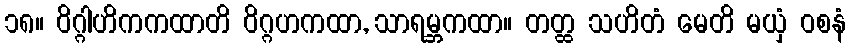
၁၈။ ဝိဂ္ဂါဟိကကထာတိ ဝိဂ္ဂဟကထာ, သာရမ္ဘကထာ။ တတ္ထ သဟိတံ မေတိ မယှံ ဝစနံ